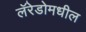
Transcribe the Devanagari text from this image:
लॅरेडोमधील